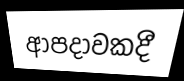
ආපදාවකදී